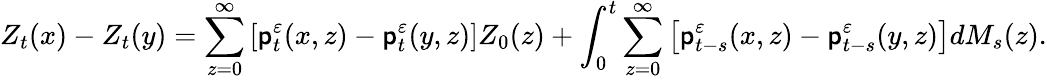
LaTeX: Z_{t}(x)-Z_{t}(y)=\sum_{z=0}^{\infty}\left[\mathsf{p}_{t}^{\varepsilon}(x,z)-\mathsf{p}_{t}^{\varepsilon}(y,z)\right]Z_{0}(z)+\int_{0}^{t}\sum_{z=0}^{\infty}\left[\mathsf{p}_{t-s}^{\varepsilon}(x,z)-\mathsf{p}_{t-s}^{\varepsilon}(y,z)\right]dM_{s}(z).